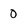
Character: 0